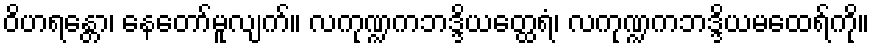
ဝိဟရန္တော၊ နေတော်မူလျက်။ လကုဏ္ဍကဘဒ္ဒိယတ္ထေရံ၊ လကုဏ္ဍကဘဒ္ဒိယမထေရ်ကို။